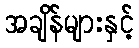
အချိန်များနှင့်